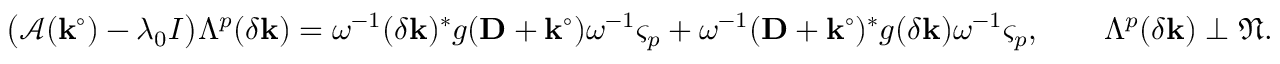
\bigl ( \mathcal { A } ( \mathbf { k } ^ { \circ } ) - \lambda _ { 0 } I \bigr ) \Lambda ^ { p } ( \delta \mathbf { k } ) = \omega ^ { - 1 } ( \delta \mathbf { k } ) ^ { * } g ( \mathbf { D } + \mathbf { k } ^ { \circ } ) \omega ^ { - 1 } \varsigma _ { p } + \omega ^ { - 1 } ( \mathbf { D } + \mathbf { k } ^ { \circ } ) ^ { * } g ( \delta \mathbf { k } ) \omega ^ { - 1 } \varsigma _ { p } , \qquad \Lambda ^ { p } ( \delta \mathbf { k } ) \perp \mathfrak { N } .